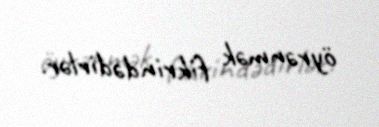
öyrənmək fikrindədirlər.